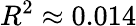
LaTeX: R^{2}\approx 0.014